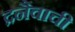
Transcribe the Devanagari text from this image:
द्रनैवाची